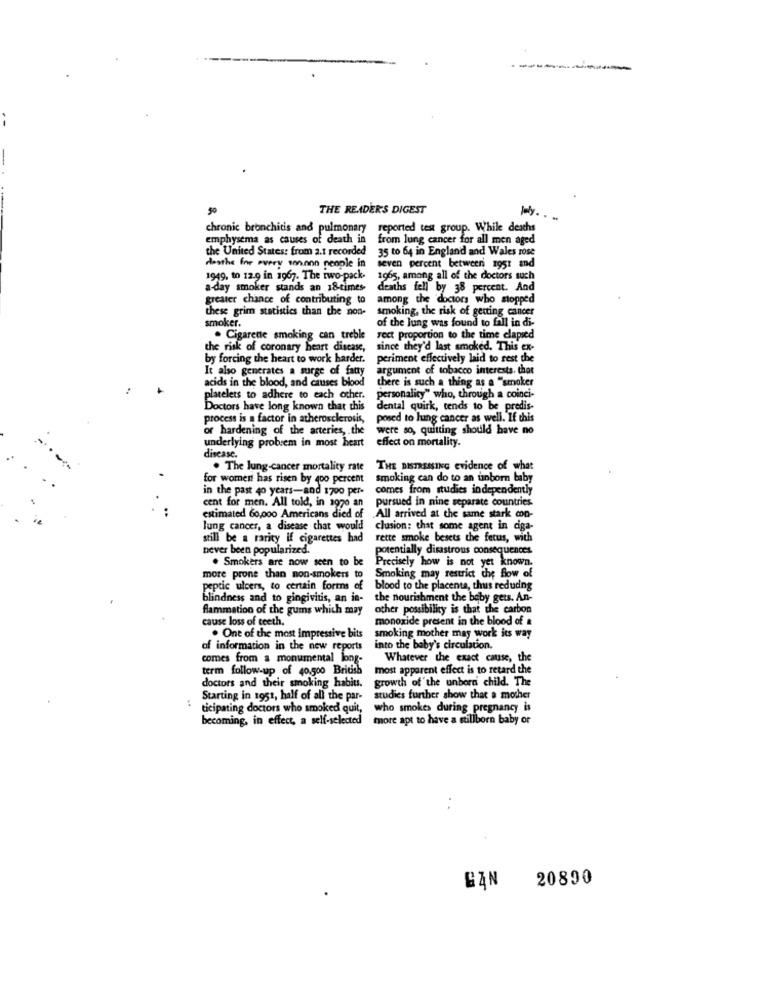
50
THE READER'S DIGEST
Jaly.
chronic bronchitis and pulmonary
reported test group. While deaths
emphysema as causes of death in from lung cancer for all men aged
the United States: from a.1 recorded
35 to 64 in England and Wales rose
desthe for every son.non people in
seven percent between mg51 and
1949, to 12.9 in 1967. The two-pack.
1965, among all of the doctors such
a-day smoker stands an 1&times
deaths fell by 38 percent. And
greater chance of contributing to
among the doctors who stopped
these grim statistics than the non-
smoking, the risk of getting cancer
smoker.
of the lung was found to fall in di-
. Cigarette smoking can treble
rect proportion to the time elapsed
the risk of coronary heart disease,
since they'd last smoked. This ex-
by forcing the heart to work harder.
periment effectively laid to rest the
It also generates a surge of faty
argument of tobacco interests, that
acids in the blood, and causes blood
there is such a thing as a "smoker
platelets to adhere to each other.
personality" who, through a coinci-
Doctors have long known that this
dental quirk, tends to be predis-
process is a factor in atherosclerosis,
posed to lung cancer as well. If this
or hardening of the arteries, . the
were so, quitting should have no
underlying probrem in most heart
disease.
effect on mortality.
. The lung-cancer mortality rate
THE DISTRESSING evidence of what
for women has risen by 4oo percent
smoking can do to an unborn baby
in the past 40 years-and 1700 per-
comes from studies independently
pursued in nine separate countries
cent for men. All told, in 1970 an
estimated 60,000 Americans died of
All arrived at the same stark con-
lung cancer, a disease chat would
clusion: that some agent in ciga-
still be a rarity if cigarettes had
rette smoke besets the fetus, with
never been popularized.
potentially disastrous consequences
. Smokers are now seen to
Precisely how is not yet known.
more prone than non-smokers to
Smoking may restrict che flow of
peptic ulcers, to certain forms of
blood to the placenta, thus reducing
blindness and to gingivitis, an in-
the nourishment the baby gets. An-
flammation of the gums which may
other possibility is that the carbon
cause loss of teeth.
monoxide present in the blood of a
. One of the most impressive bits
smoking mother may work its way
of information in the new reports
into the baby's circulation.
comes from a monumental long-
Whatever the exact cause, the
term follow-up of 40.500 British
most apparent effect is to retard the
growth of the unborn child. The
doctors and their smoking habits.
:
Starting in 1951, half of all the par-
studies further show that a mother
ticipating doctors who smoked quit,
who smokes during pregnancy is
becoming, in effect, a self-selected more apt to have a stillborn baby or
20890